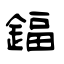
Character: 鍢